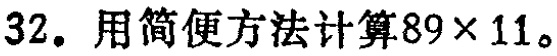
32. 用简便方法计算\(89\times11\)。